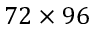
7 2 \times 9 6